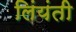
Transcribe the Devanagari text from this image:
लिंयंती